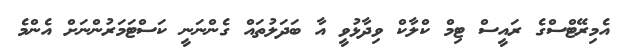
އެމިރޭޓްސްގެ ރައީސް ޓިމް ކްލާކް ވިދާޅުވީ އާ ބަދަލުތައް ގެންނަނީ ކަސްޓަމަރުންނަށް އެންމެ